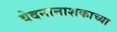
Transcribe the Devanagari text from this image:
वेदनानाशकाच्या